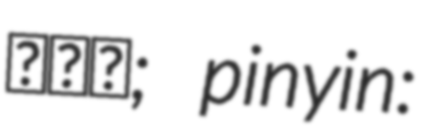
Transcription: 林清玄; pinyin: